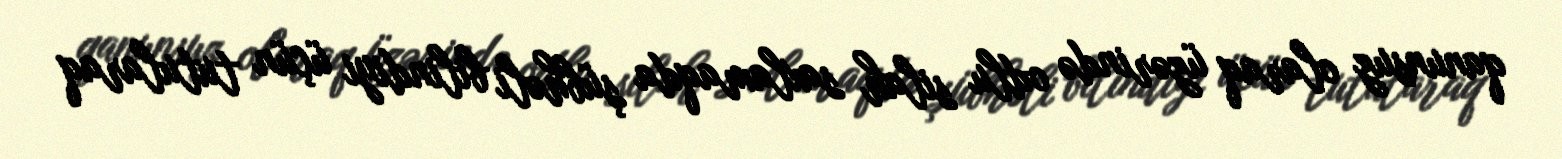
qanunsuz olaraq üzərində odlu silah saxlamaqda şübhəli bilindiyi üçün tutularaq